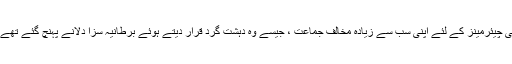
جب بلدیاتی انتخابات میں ضلعی چیئرمینز کے لئے اپنی سب سے زیادہ مخالف جماعت ، جیسے وہ دہشت گرد قرار دیتے ہوئے برطانیہ سزا دلانے پہنچ گئے تھے ، ان سے ہاتھ ملا سکتے ہیں ۔